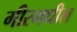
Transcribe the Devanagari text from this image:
गीरमधील